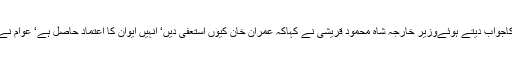
بلاول بھٹوکے نکات کاجواب دیتے ہوئےوزیر خارجہ شاہ محمود قریشی نے کہاکہ عمران خان کیوں استعفیٰ دیں‘ انہیں ایوان کا اعتماد حاصل ہے‘ عوام نے انہیں مینڈیٹ دیا ہے۔